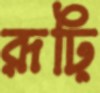
রূঢ়ি